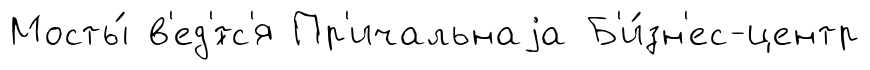
Мосты́ в'ед'́тс'я Пр'ичальнаjа Б'и́зн'ес-центр